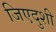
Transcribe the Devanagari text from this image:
जिएदुशी